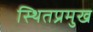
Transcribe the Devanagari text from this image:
स्थितप्रमुख